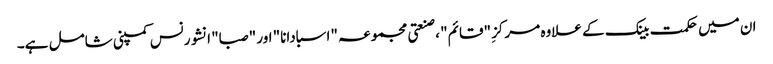
ان میں حکمت بینک کے علاوہ مرکزِ "قائم" ، صنعتی مجموعہ "اسبادانا" اور "صبا" انشورنس کمپنی شامل ہے۔